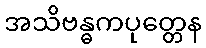
အသိဗန္ဓကပုတ္တေန